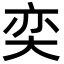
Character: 奕